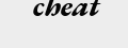
cheat